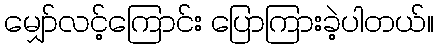
မျှော်လင့်ကြောင်း ပြောကြားခဲ့ပါတယ်။